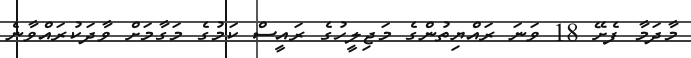
މާދަމާ ފެށޭ 18 ވަނަ ރައްޔިތުންގެ މަޖިލީހުގެ ރައީސް ކަމުގެ މަގާމަށް ވާދަކުރައްވާނެ